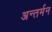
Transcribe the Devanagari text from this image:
अन्‍तर्मन